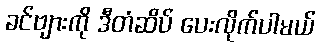
ခင်ဗျားကို ဒီတံဆိပ် ပေးလိုက်ပါမယ်